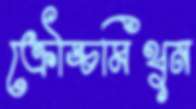
ক্রৌঙ্চমিথুন